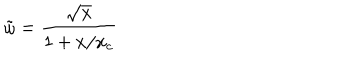
\tilde { \omega } = \frac { \sqrt { x } } { 1 + x / x _ { c } }